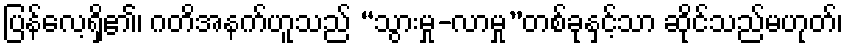
ပြန်လေ့ရှိ၏၊ ဂတိအနက်ဟူသည် “သွားမှု-လာမှု”တစ်ခုနှင့်သာ ဆိုင်သည်မဟုတ်၊